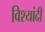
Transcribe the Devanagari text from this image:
विश्यांदी